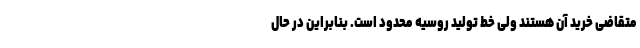
متقاضی خرید آن هستند ولی خط تولید روسیه محدود است. بنابراین در حال